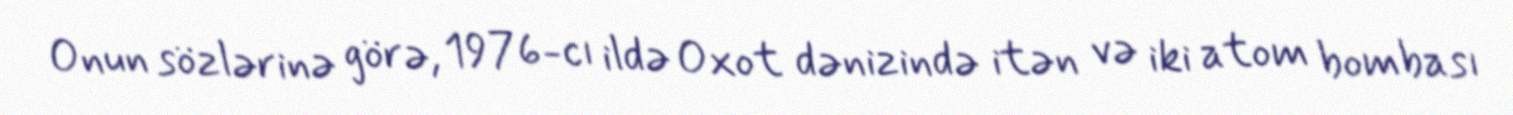
Onun sözlərinə görə, 1976-cı ildə Oxot dənizində itən və iki atom bombası